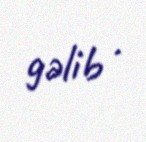
gəlib .